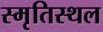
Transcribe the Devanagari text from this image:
स्मृतिस्थल